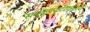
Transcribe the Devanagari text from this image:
समुद्रसपाटीपासुनची